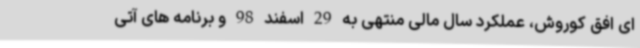
ای افق کوروش، عملکرد سال مالی منتهی به 29 اسفند 98 و برنامه های آتی